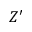
Z ^ { \prime }